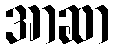
အာဆာ